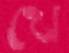
খে